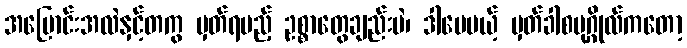
အပြောင်းအလဲနှင့်တကွ မှတ်ရမည့် ဥစ္စာတွေချည်းပဲ၊ ဒါပေမယ့် မှတ်ခါစပုဂ္ဂိုလ်ကတော့